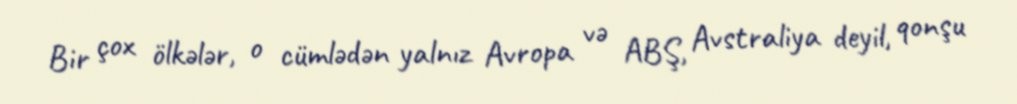
Bir çox ölkələr, o cümlədən yalnız Avropa və ABŞ, Avstraliya deyil, qonşu